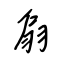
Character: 扇